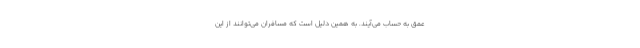
عمق به حساب می‌آیند. به همین دلیل است که مسافران می‌توانند از این